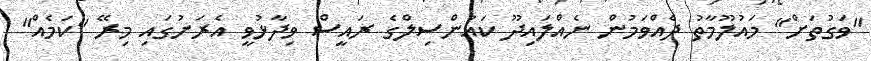
"ވަގުތަށް" މައުލޫމާތު ދެއްވަމުން ނެއްލައިދޫ ކައުންސިލްގެ ރައީސް ވިދާޅުވީ އެރަށުގައި މިރޭ "ކަމެއް"